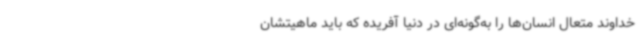
خداوند متعال انسان‌ها را به‌گونه‌ای در دنیا آفریده که باید ماهیتشان